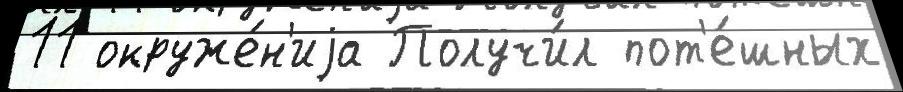
11 окруже́н'иjа Получи́л пот'е́шных